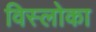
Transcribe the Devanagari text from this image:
विस्लोका